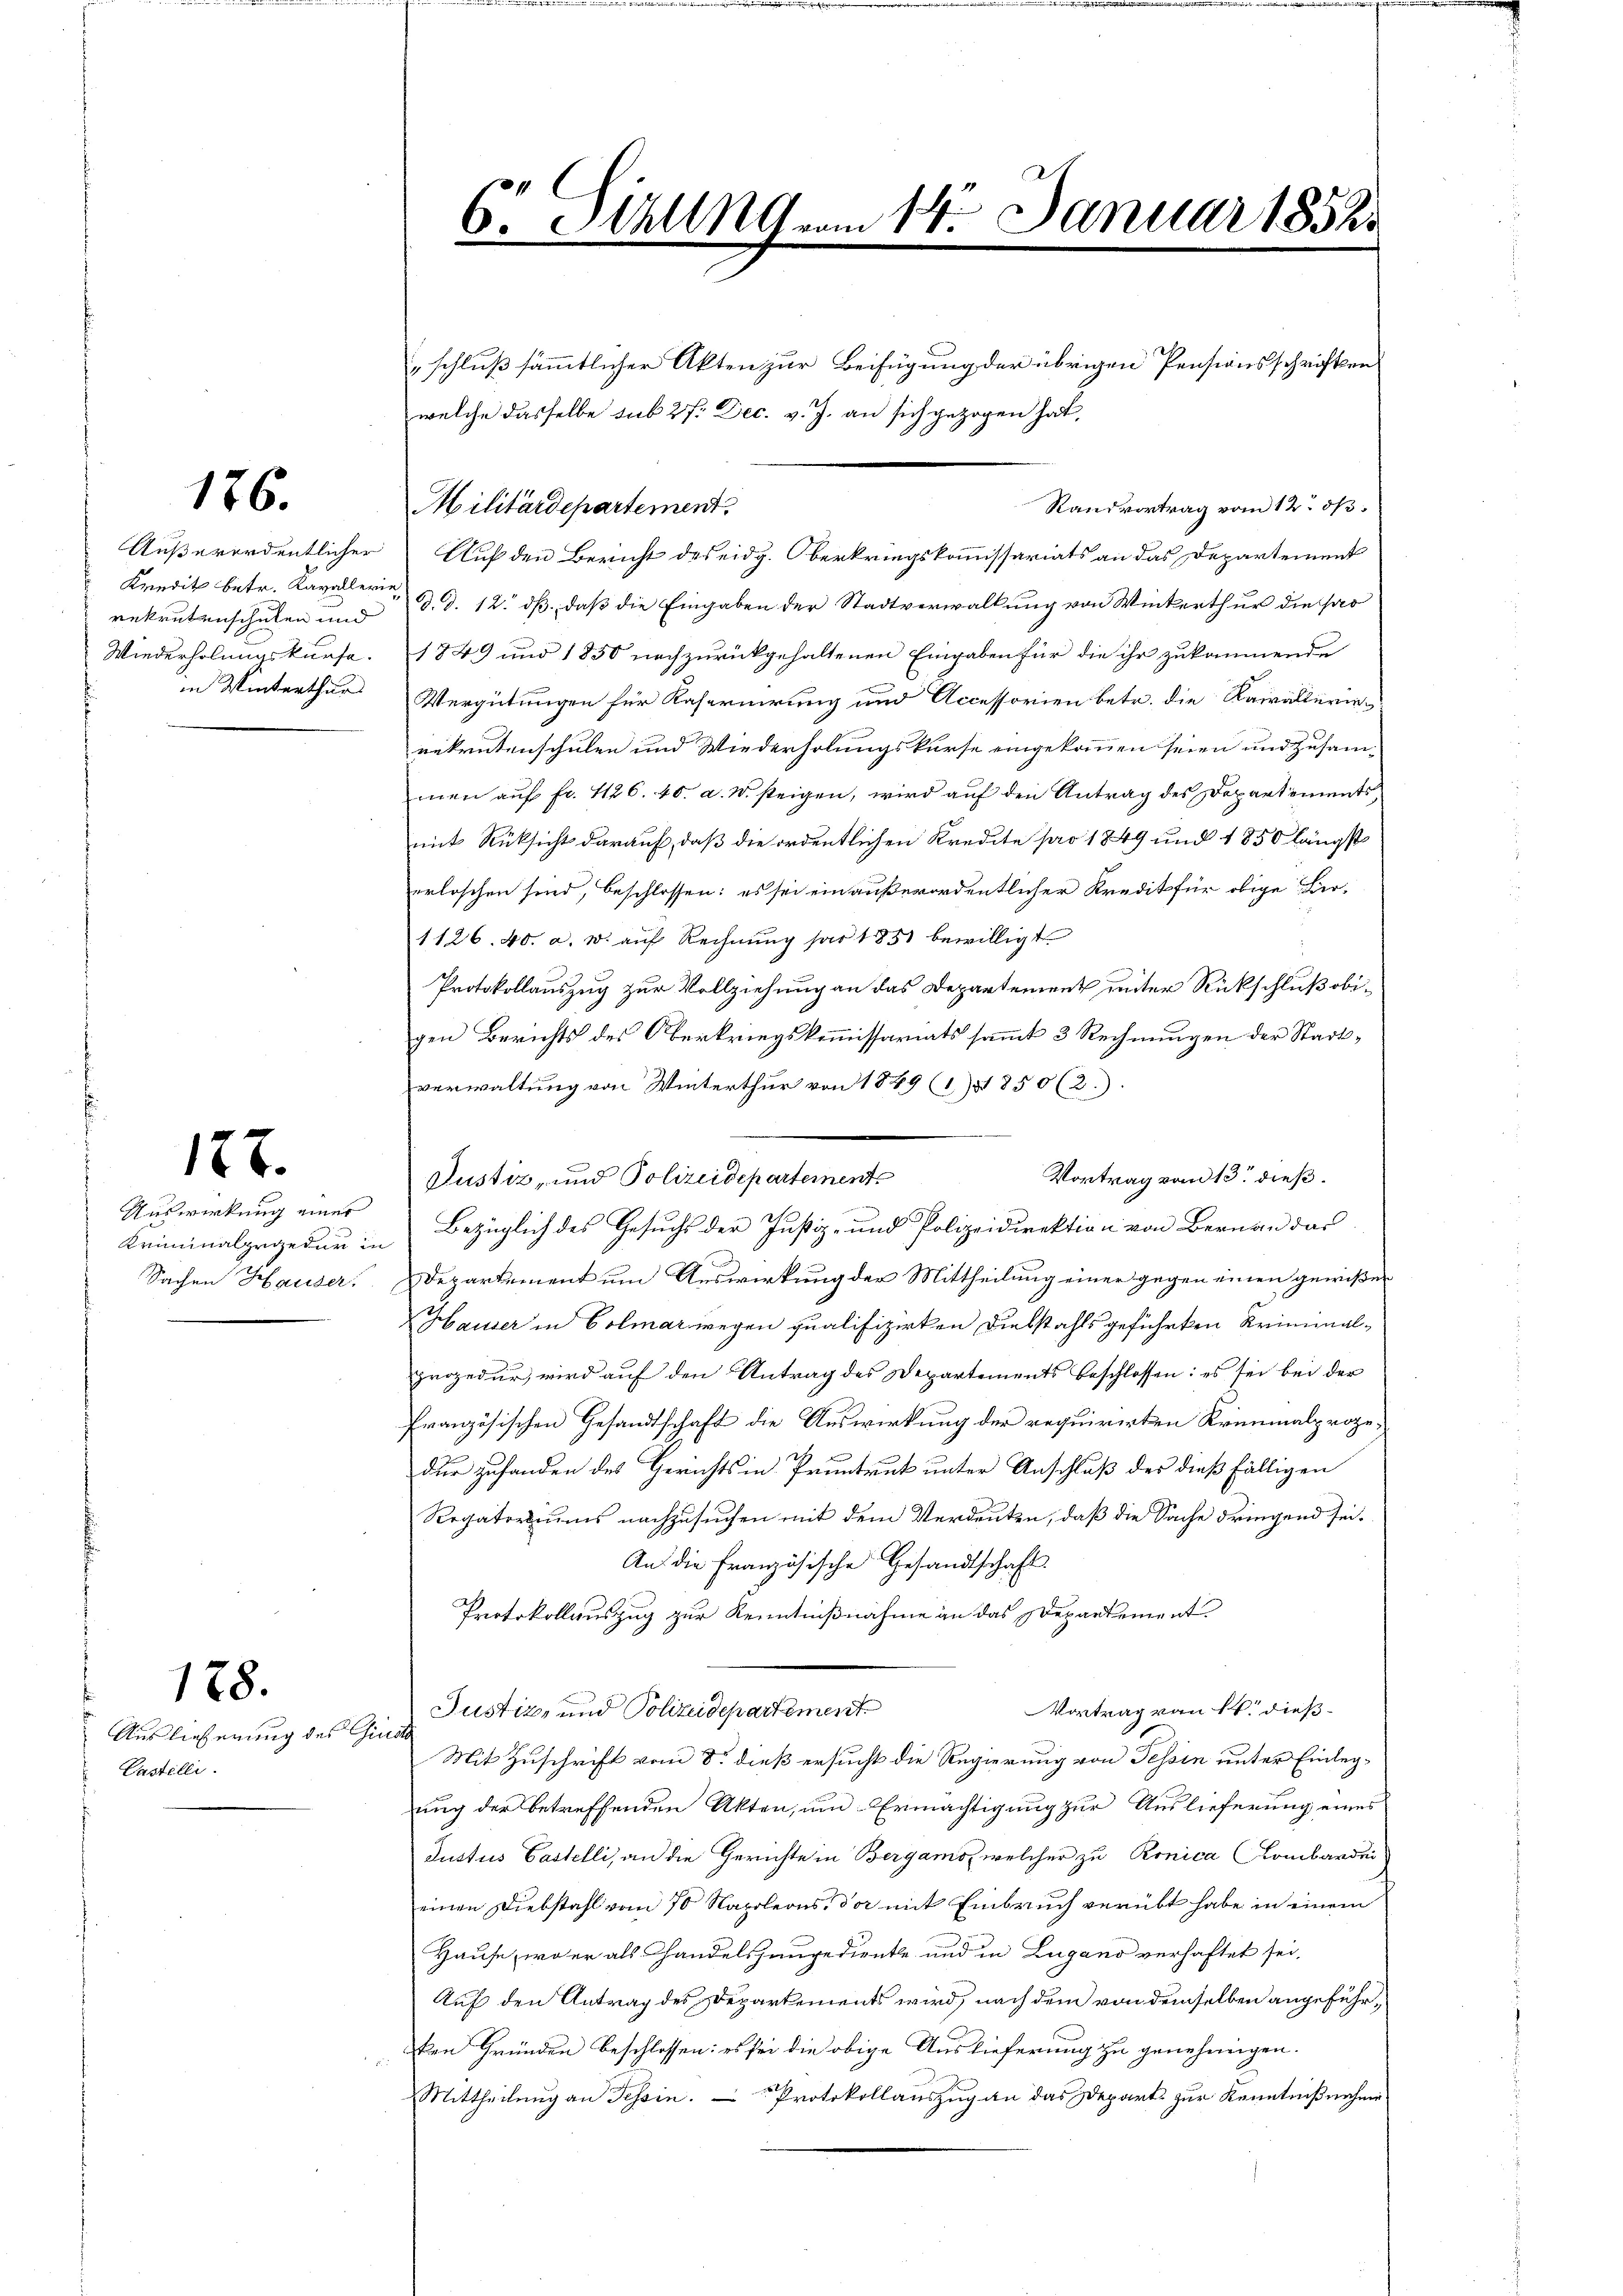
176.

Kredit betr. Kavallerie

187.

Auswirkung einer

Auslieferung des Girst
Pastelli

178.

6. Stellg vom 14. Januar 1852.

schluß sämmtlicher Akten zur Beifügung der übrigen Pensionsschriften
welche dasselbe sub 27. Dec. v. J. an sich gezogen hat.
Randvortrag vom 12. ds.
Militärdepartement.
Außerordentlicher Auf den Bericht des eidg. Oberkriegskommissariats an das Departement
rekrutenschulen und d. d. 12. dß, daß die Eingaben der Stadtverwaltung von Winterthur die har
Wiederholungskurse. 1849 und 1850 nachzurückgehaltenen Eingaben für die ihr zukommende
in Winterthur Vergütungen für Kaseruirung und Accessorien betr. die Kairalterineekrutenschulen und Wiederholungskurse eingekommen seien und zusam-
men auf fr. 1126. 40. d. M. steigen, wird auf den Antrag des Departements
mit Rücksicht darauf, daß die ordentlichen Kredite pro 1849 und 1850 längst
erloschen sind, beschlossen: es sei ein außerordentlicher Kredit für obige Ber¬
1126. 40. a. W. auf Rechnung für 1851 bewilligt
Protokollauszug zur Vollziehung an das Departement unter Rückschluß obigen Berichts des Oberkriegskommissariats sammt 3 Rechnungen der Stadtverwaltung von Winterthur von 1849 (1850 (2.).
Vortrag von 13 dieß.
Justiz- und Polizeidepartement
Kriminalpageden in Bezüglich des Gesuchs der Justiz- und Polizeidirektion von Bernau das
Sachen Hauser. Departement um Auswirkung der Mittheilung einer gegen einen gewißen
Hausser in Colmar wegen qualifizirten Diebstahls geführten Kriminalprozedur, wird auf den Antrag des Departements beschlossen: es sei bei der
französischen Gesandtschaft die Auswirkung der requirirten Kreimalproze¬
2f x
dur zuhanden des Gerichts in Pruntrut unter Anschluß des dießfälligen
Regatoriums nachzusuchen mit dem Verdeuten, daß die Sache dringend sei.
An die Französische Gesandtschaft
Protokollauszug zur Kenntnißnahme an das Departement.
Vortrag von 14. dieß¬
Justiz- und Polizeidepartement
Mit Zuschrift vom 8. dieß ersucht die Regierung von Tessin unter Einlegung der betreffenden Akten, um Ermächtigung zur Auslieferung eines
Justus Castelli, an die Gerichte in Bergamoz welcher zu Ronica Lombarder
einen Diebstahl vom 70 Napoleons, der mit Einbruch verübt habe in einem
Hause, wo er als Handelshangediente und in Lugano verhaftet sei,
Auf den Antrag des Departements wird, nach dem von demselben angeführken Gründen beschlossen: es sei die obige Auslieferung zu genehmigen.
Mittheilung an Tessin. — Protokollauszug an das Depart zur Kenntnißnahme